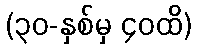
(၃၀-နှစ်မှ ၄၀ထိ)